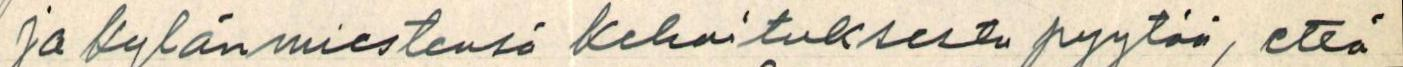
ja kylänmiestensä kehoituksesta pyytää, että